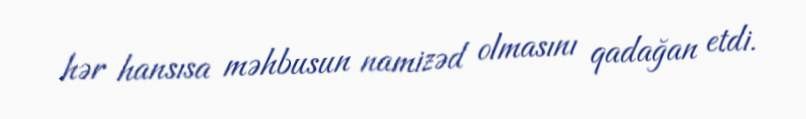
hər hansısa məhbusun namizəd olmasını qadağan etdi.